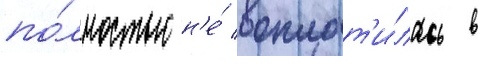
по́лностью н'е́ воплот'и́лась в